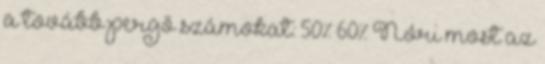
a tovább pergő számokat: 50% 60% Nóri most az